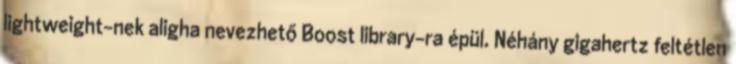
lightweight-nek aligha nevezhető Boost library-ra épül. Néhány gigahertz feltétlen